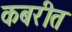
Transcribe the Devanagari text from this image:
कबरीत